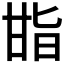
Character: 𭺬